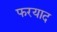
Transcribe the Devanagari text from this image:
फरयाद